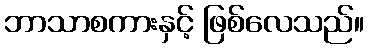
ဘာသာစကားနှင့် ဖြစ်လေသည်။